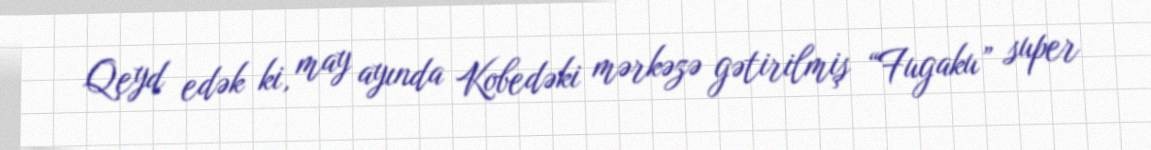
Qeyd edək ki, may ayında Kobedəki mərkəzə gətirilmiş “Fugaku” super